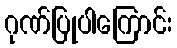
ဂုဏ်ပြုပါကြောင်း